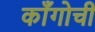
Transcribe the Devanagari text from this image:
काँगोची